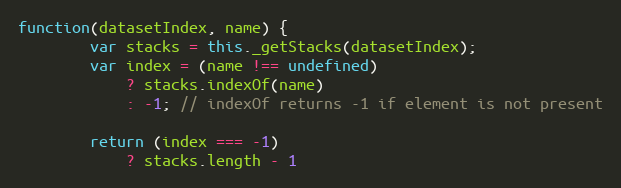
Language: JavaScript
function(datasetIndex, name) {
		var stacks = this._getStacks(datasetIndex);
		var index = (name !== undefined)
			? stacks.indexOf(name)
			: -1; // indexOf returns -1 if element is not present

		return (index === -1)
			? stacks.length - 1